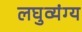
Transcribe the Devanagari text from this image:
लघुव्यंग्य